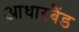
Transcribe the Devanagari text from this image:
आधारबैंड